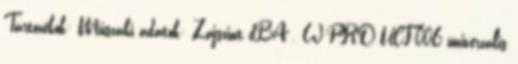
Tartozékok: Műszaki adatok: Zajszint dBA . W-PRO UCF-006 univerzális